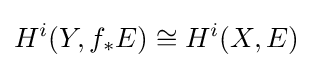
H^{i}(Y,f_{*}E)\cong H^{i}(X,E)